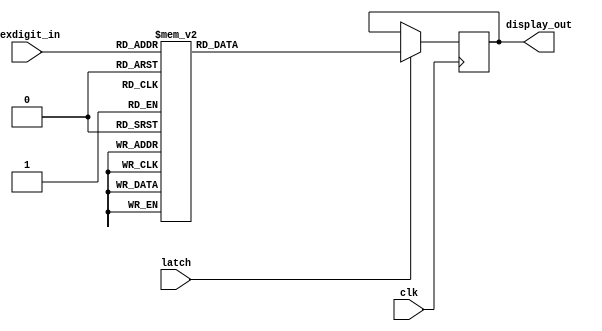
// This program was cloned from: https://github.com/trcwm/Speech256
// License: GNU Lesser General Public License v3.0

// SPEECH 256
// Copyright (C) 2017 Niels Moseley / Moseley Instruments
// http://www.moseleyinstruments.com
//
// This program is free software: you can redistribute it and/or modify
// it under the terms of the GNU General Public License as published by
// the Free Software Foundation, either version 3 of the License, or
// (at your option) any later version.
//
// This program is distributed in the hope that it will be useful,
// but WITHOUT ANY WARRANTY; without even the implied warranty of
// MERCHANTABILITY or FITNESS FOR A PARTICULAR PURPOSE.  See the
// GNU General Public License for more details.
//
// You should have received a copy of the GNU General Public License
// along with this program.  If not, see <http://www.gnu.org/licenses/>.
//
//
// 7-segment display driver for DE0 board


module segmentdisplay (
    clk,
    latch,
    hexdigit_in,
    display_out
);

    input  clk,latch;
    input  [3:0] hexdigit_in;
    output reg [0:6] display_out;

    always @(posedge clk)
    begin
        if (latch == 1)
        begin 
            case (hexdigit_in)
                4'b0000:
                    display_out <= 7'b1000000;
                4'b0001:
                    display_out <= 7'b1111001;
                4'b0010:
                    display_out <= 7'b0100100;
                4'b0011:
                    display_out <= 7'b0110000;
                4'b0100:
                    display_out <= 7'b0011001;
                4'b0101:
                    display_out <= 7'b0010010;
                4'b0110:
                    display_out <= 7'b0000010;
                4'b0111:
                    display_out <= 7'b1111000;
                4'b1000:
                    display_out <= 7'b0000000;
                4'b1001:
                    display_out <= 7'b0011000;
                4'b1010:
                    display_out <= 7'b0001000;
                4'b1011:
                    display_out <= 7'b0000011;
                4'b1100:
                    display_out <= 7'b1000110;
                4'b1101:
                    display_out <= 7'b0100001;
                4'b1110:
                    display_out <= 7'b0000110;    
                4'b1111:
                    display_out <= 7'b0001110;
            endcase
        end                                                                                                   
    end
endmodule